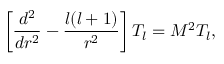
\left[ { \frac { d ^ { 2 } } { d r ^ { 2 } } } - { \frac { l ( l + 1 ) } { r ^ { 2 } } } \right] T _ { l } = M ^ { 2 } T _ { l } ,